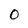
Character: 0